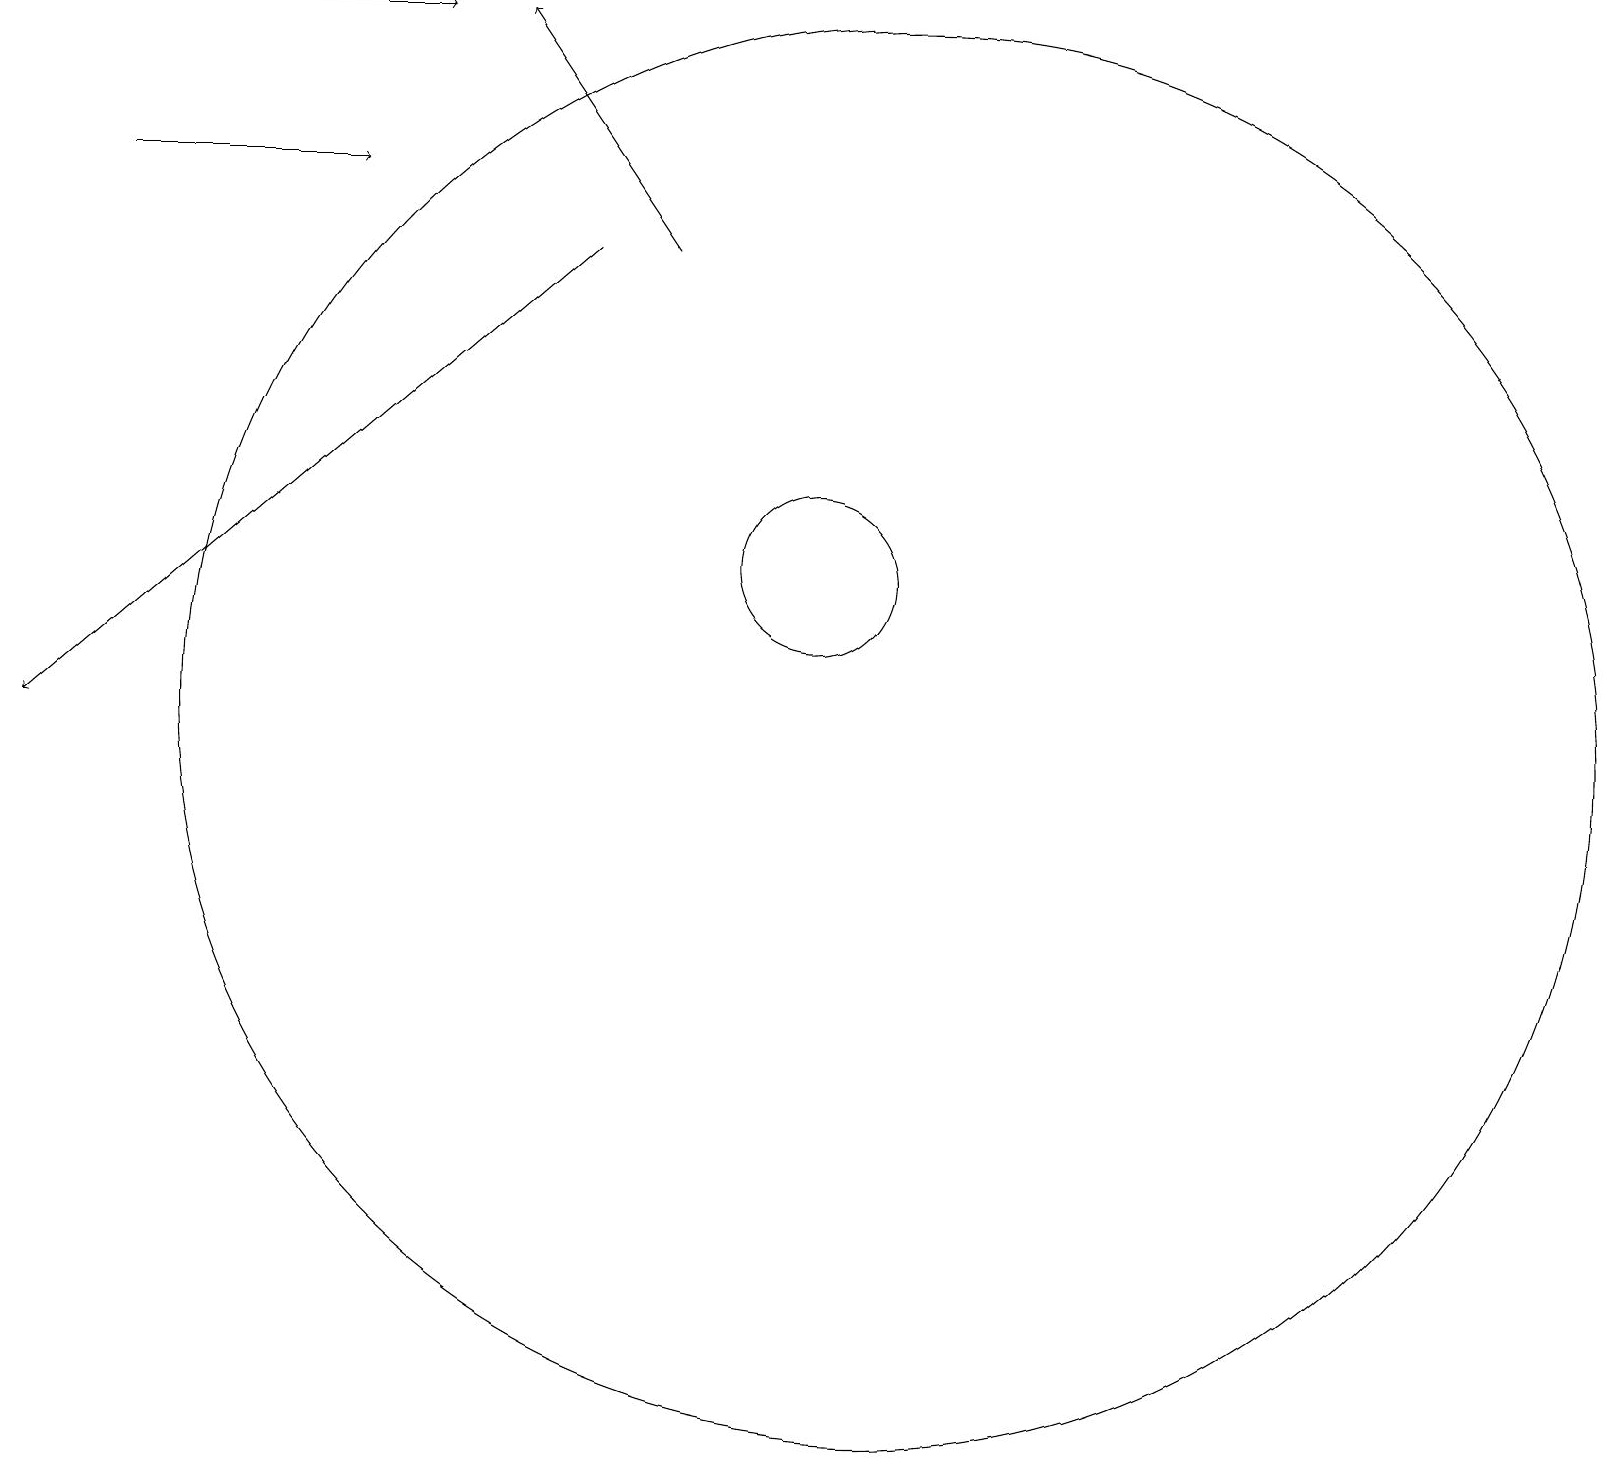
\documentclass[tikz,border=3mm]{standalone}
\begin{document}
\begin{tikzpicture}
\draw (12,10) circle (9);
\draw (11,12) circle (1);
\draw[->] (9,16) -- (7,19);
\draw[->] (8,16) -- (1,10);
\draw[->] (2,17) -- (5,17);
\draw[->] (2,19) -- (6,19);
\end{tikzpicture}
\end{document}